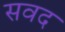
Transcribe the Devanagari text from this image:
सवद